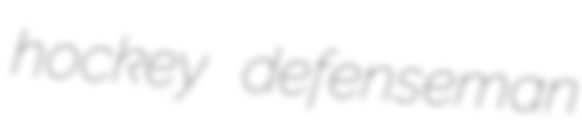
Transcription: hockey defenseman